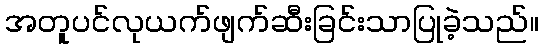
အတူပင်လုယက်ဖျက်ဆီးခြင်းသာပြုခဲ့သည်။